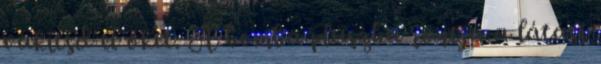
vakítsd el őket. A bomba pluszba rontja a látási